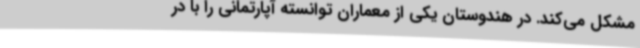
مشکل می‌کند. در هندوستان یکی از معماران توانسته آپارتمانی را با در